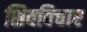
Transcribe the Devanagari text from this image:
शिवविचार